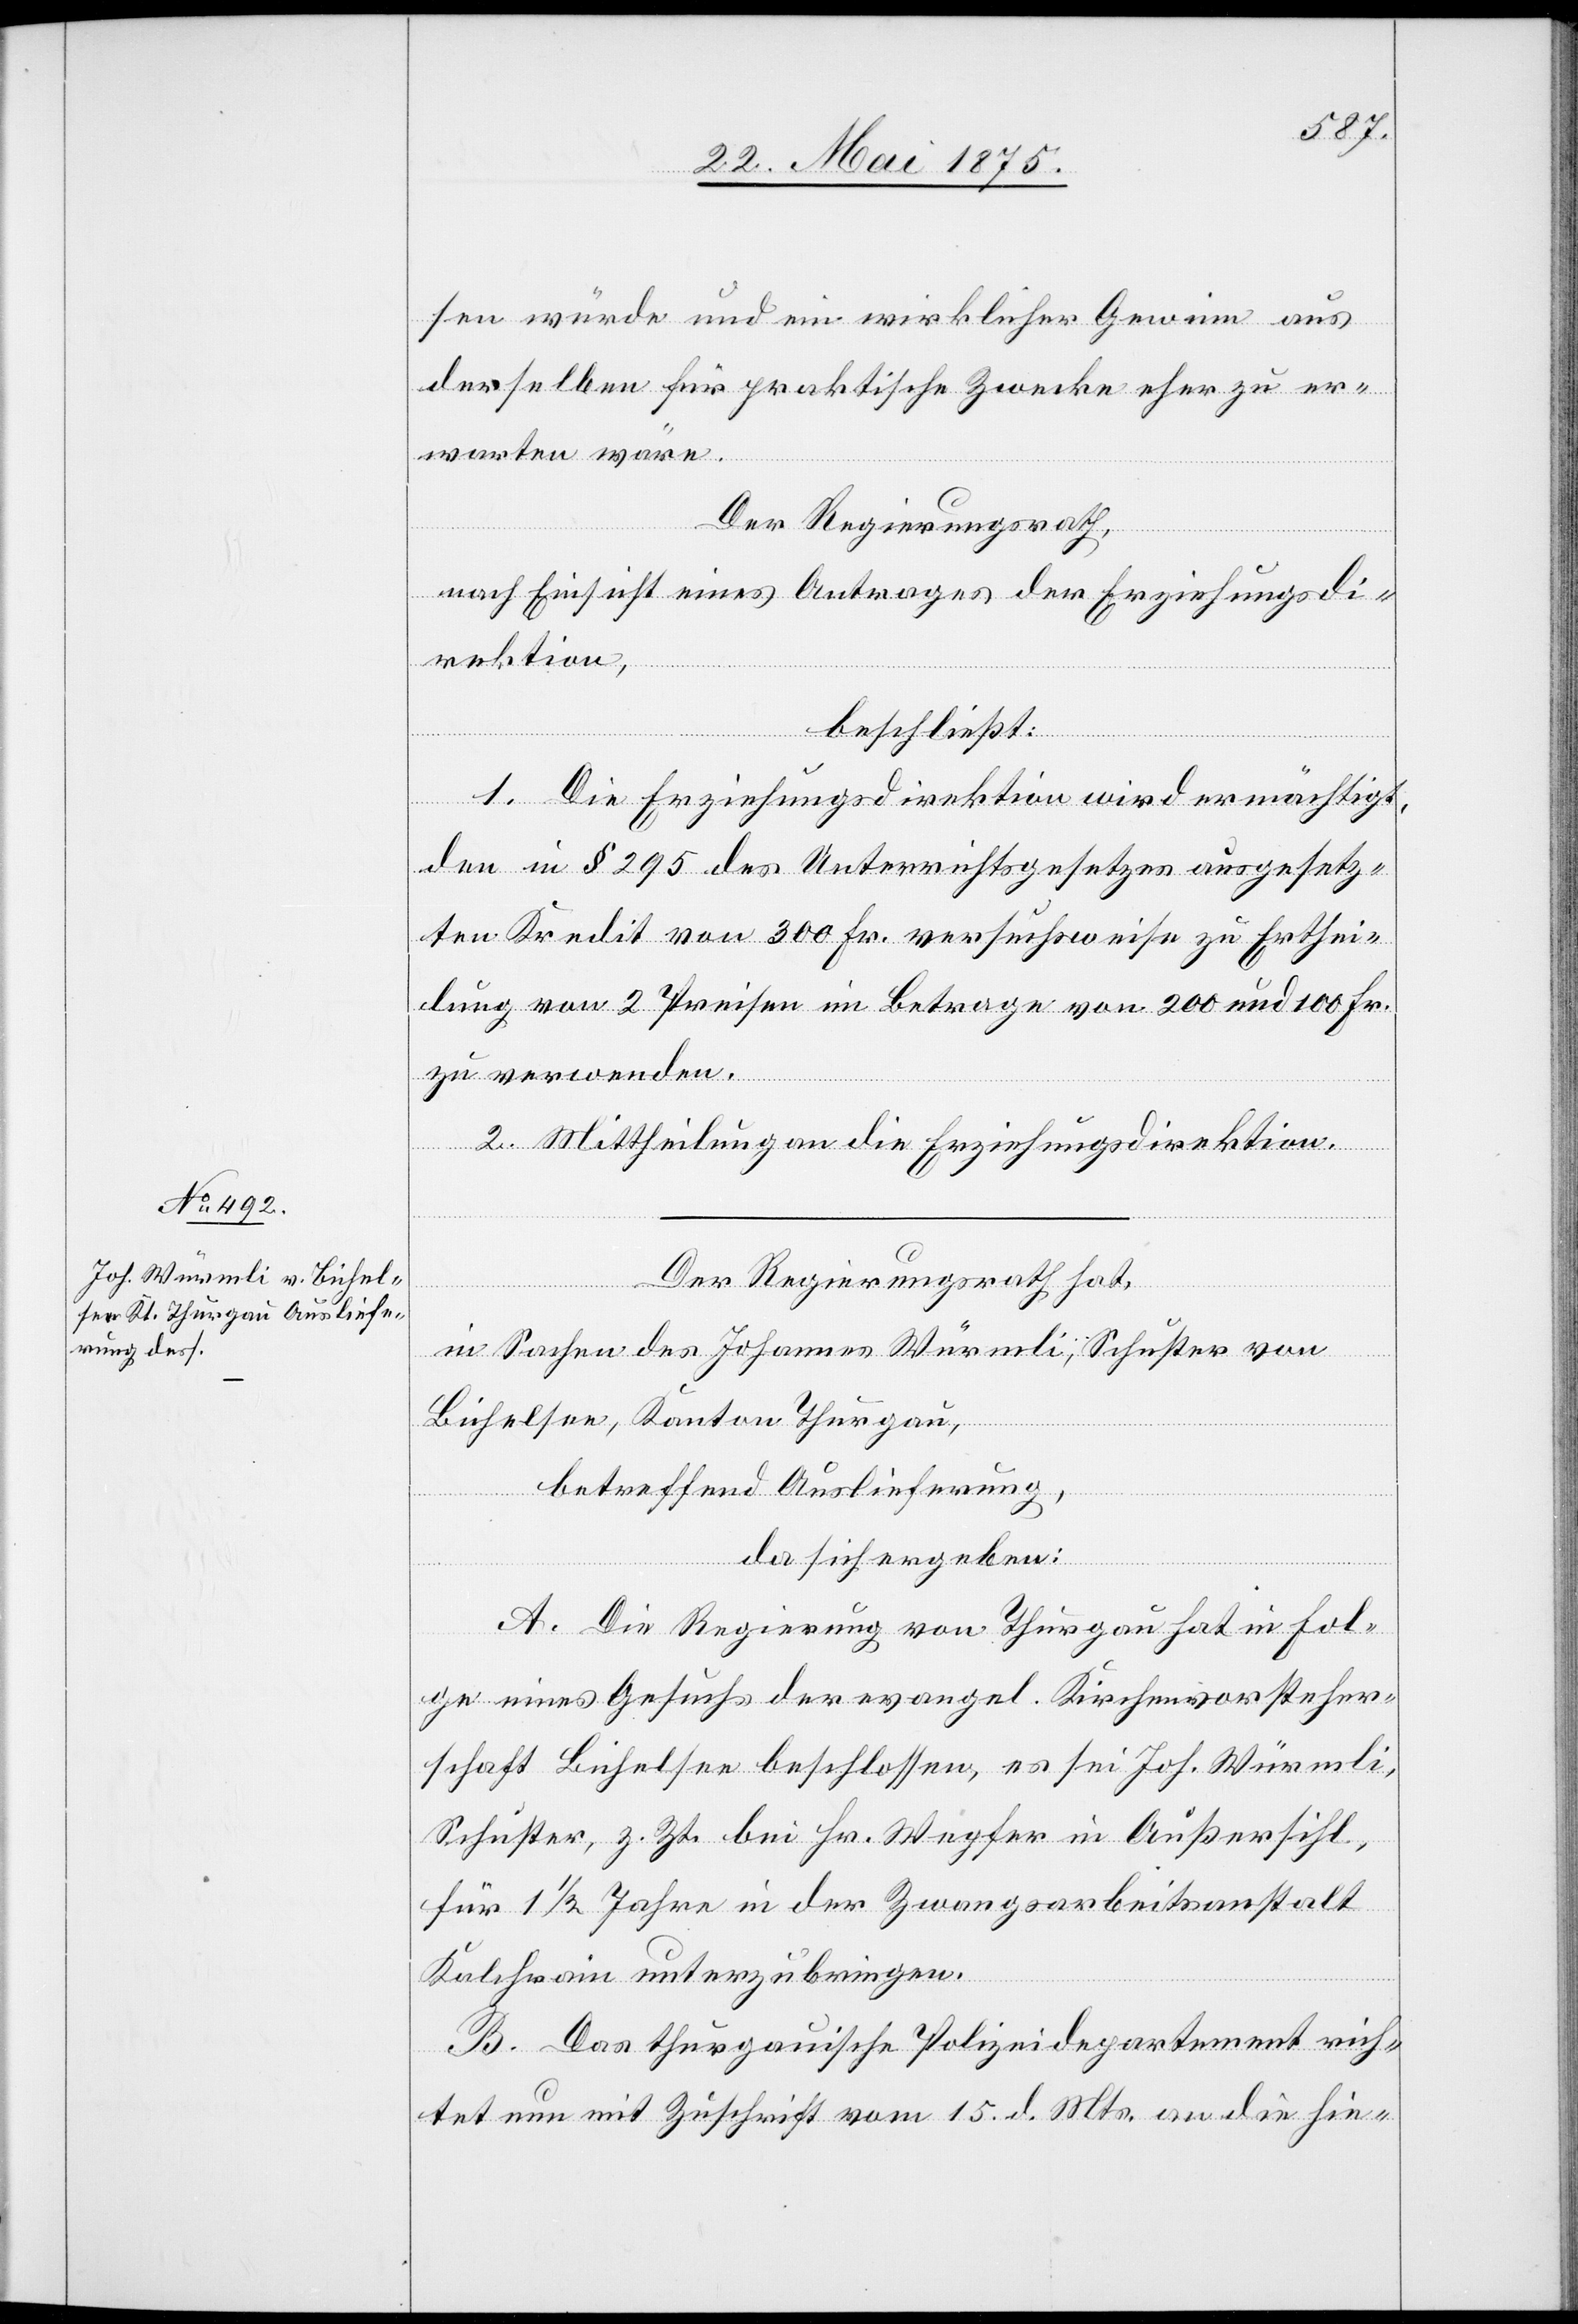
sen würde und ein wirklicher Gewinn aus
derselben für praktische Zwecke eher zu er¬
warten wäre.
Der Regierungsrath,
nach Einsicht eines Antrages der Erziehungsdi¬
rektion,
beschließt:
1. Die Erziehungsdirektion wird ermächtigt,
den im § 295 des Unterrichtsgesetzes ausgesetz¬
ten Kredit von 300 Fr. versuchsweise zu Erthei¬
lung von 2 Preisen im Betrage von 200 und 100 Fr.
zu verwenden.
2. Mittheilung an die Erziehungsdirektion.
Der Regierungsrath hat,
in Sachen des Johannes Würmli, Schuster von
Bichelsee, Kanton Thurgau,
betreffend Auslieferung,
da sich ergeben:
A. Die Regierung von Thurgau hat in Fol¬
ge eines Gesuchs der evangel. Kirchvorsteher¬
schaft Bichelsee beschlossen, es sei Joh. Würmli,
Schuster, z. Zt. bei Hr. Wegher in Außersihl,
für 1 1/2 Jahre in der Zwangsarbeitsanstalt
Kalchrain unterzubringen.
B. Das thurgauische Polizeidepartement rich¬
tet nun mit Zuschrift vom 15. d. Mts. an die hie-